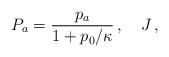
LaTeX: \begin{align*}P_a=\frac{p_a}{1+p_0/\kappa} \,,\quad J\,,\end{align*}